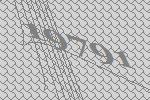
19791